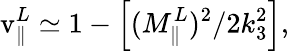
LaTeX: \mathrm{v}_{\Vert}^{L}\simeq 1-\left[(M_{\Vert}^{L})^{2}/2k_{3}^{2}\right],